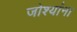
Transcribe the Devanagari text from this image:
जोश्यांना